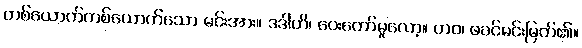
တစ်ယောက်တစ်ယောက်သော မင်းအား။ ဒဒါဟိ၊ ပေးတော်မူလော့။ တဝ၊ ဖခင်မင်းမြတ်၏။